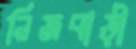
নিজবাড়ী